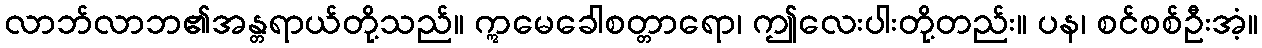
လာဘ်လာဘ၏အန္တရာယ်တို့သည်။ ဣမေခေါစတ္တာရော၊ ဤလေးပါးတို့တည်း။ ပန၊ စင်စစ်ဦးအံ့။